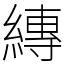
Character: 縳